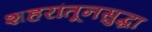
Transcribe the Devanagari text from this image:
शहरांतूनसुद्धा